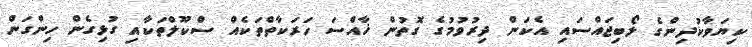
ކިޔަވާކުދިންގެ ލޯބިޖައްސައި އެކަން ދިރުވުމުގެ ގޮތުން ޚާއްސަ ހަރަކާތްތަކެއް ސްކޫލްތަކާއި ގުޅިގެން ހިންގަން